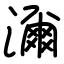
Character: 濔